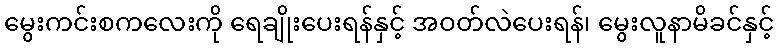
မွေးကင်းစကလေးကို ရေချိုးပေးရန်နှင့် အဝတ်လဲပေးရန်၊ မွေးလူနာမိခင်နှင့်